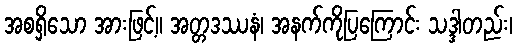
အစရှိသော အားဖြင့်။ အတ္တဒဿနံ၊ အနက်ကိုပြကြောင်း သဒ္ဒါတည်း၊